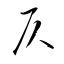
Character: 仄